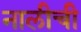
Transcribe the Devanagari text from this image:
नालीची